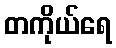
တကိုယ်ရေ